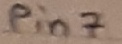
Text: pin7